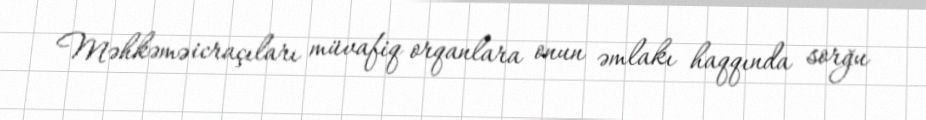
Məhkəmə icraçıları müvafiq orqanlara onun əmlakı haqqında sorğu